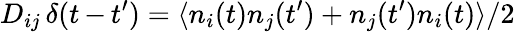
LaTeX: D_{ij}\, \delta(t\, {-}\, t^{\prime})=\langle n_{i}(t)n_{j}(t^{\prime})+n_{j}(t^{\prime})n_{i}(t)\rangle/2